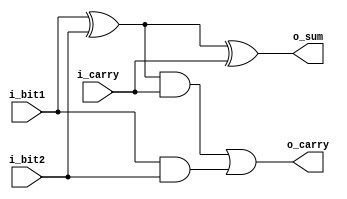
`timescale 1ns/1ps

module full_adder 
  (
   input  i_bit1,
   input  i_bit2,
   input  i_carry,
   output o_sum,
   output o_carry
   );
 
  wire   w_WIRE_1;
  wire   w_WIRE_2;
  wire   w_WIRE_3;
       
  assign w_WIRE_1 = i_bit1 ^ i_bit2;
  assign w_WIRE_2 = w_WIRE_1 & i_carry;
  assign w_WIRE_3 = i_bit1 & i_bit2;
 
  assign o_sum   = w_WIRE_1 ^ i_carry;
  assign o_carry = w_WIRE_2 | w_WIRE_3; 
   
endmodule // full_adder